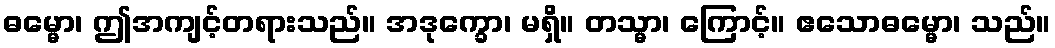
ဓမ္မော၊ ဤအကျင့်တရားသည်။ အဒုက္ခော၊ မရှိ။ တသ္မာ၊ ကြောင့်။ ဧသောဓမ္မော၊ သည်။